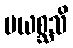
ပယစ္ဆသိ